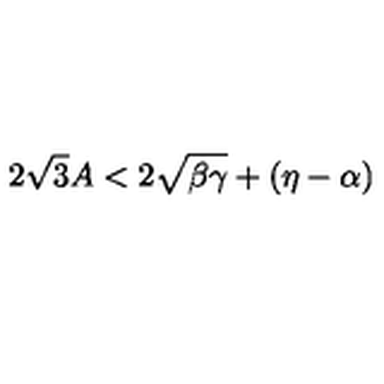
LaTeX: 2 \sqrt { 3 } A < 2 \sqrt { \beta \gamma } + ( \eta - \alpha )